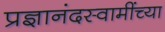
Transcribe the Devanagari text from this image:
प्रज्ञानंदस्वामींच्या